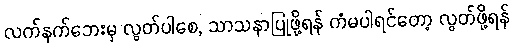
လက်နက်ဘေးမှ လွတ်ပါစေ, သာသနာပြုဖို့ရန် ကံမပါရင်တော့ လွတ်ဖို့ရန်